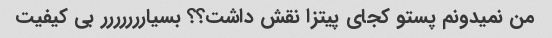
من نمیدونم پستو کجای پیتزا نقش داشت؟؟ بسیاررررررر بی کیفیت